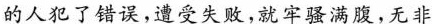
的人犯了错误，遭受失败，就牢骚满腹，无非